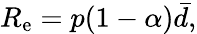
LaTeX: R_{\mathrm{e}}=p(1-\alpha)\bar{d},